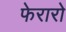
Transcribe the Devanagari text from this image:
फेरारो